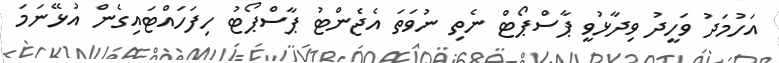
އަހުމަދު ވަހީދު ވިދާޅުވީ ޕާސްޕޯޓް ނެތި ނުވަތަ އެޖެންޓު ޕާސްޕޯޓު ހިފަހައްޓައިގެން އުޅޭނަމަ